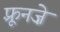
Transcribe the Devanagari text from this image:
फ़्रूनज़े